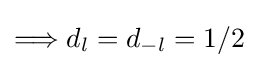
\Longrightarrow d_{l}=d_{-l}=1/2